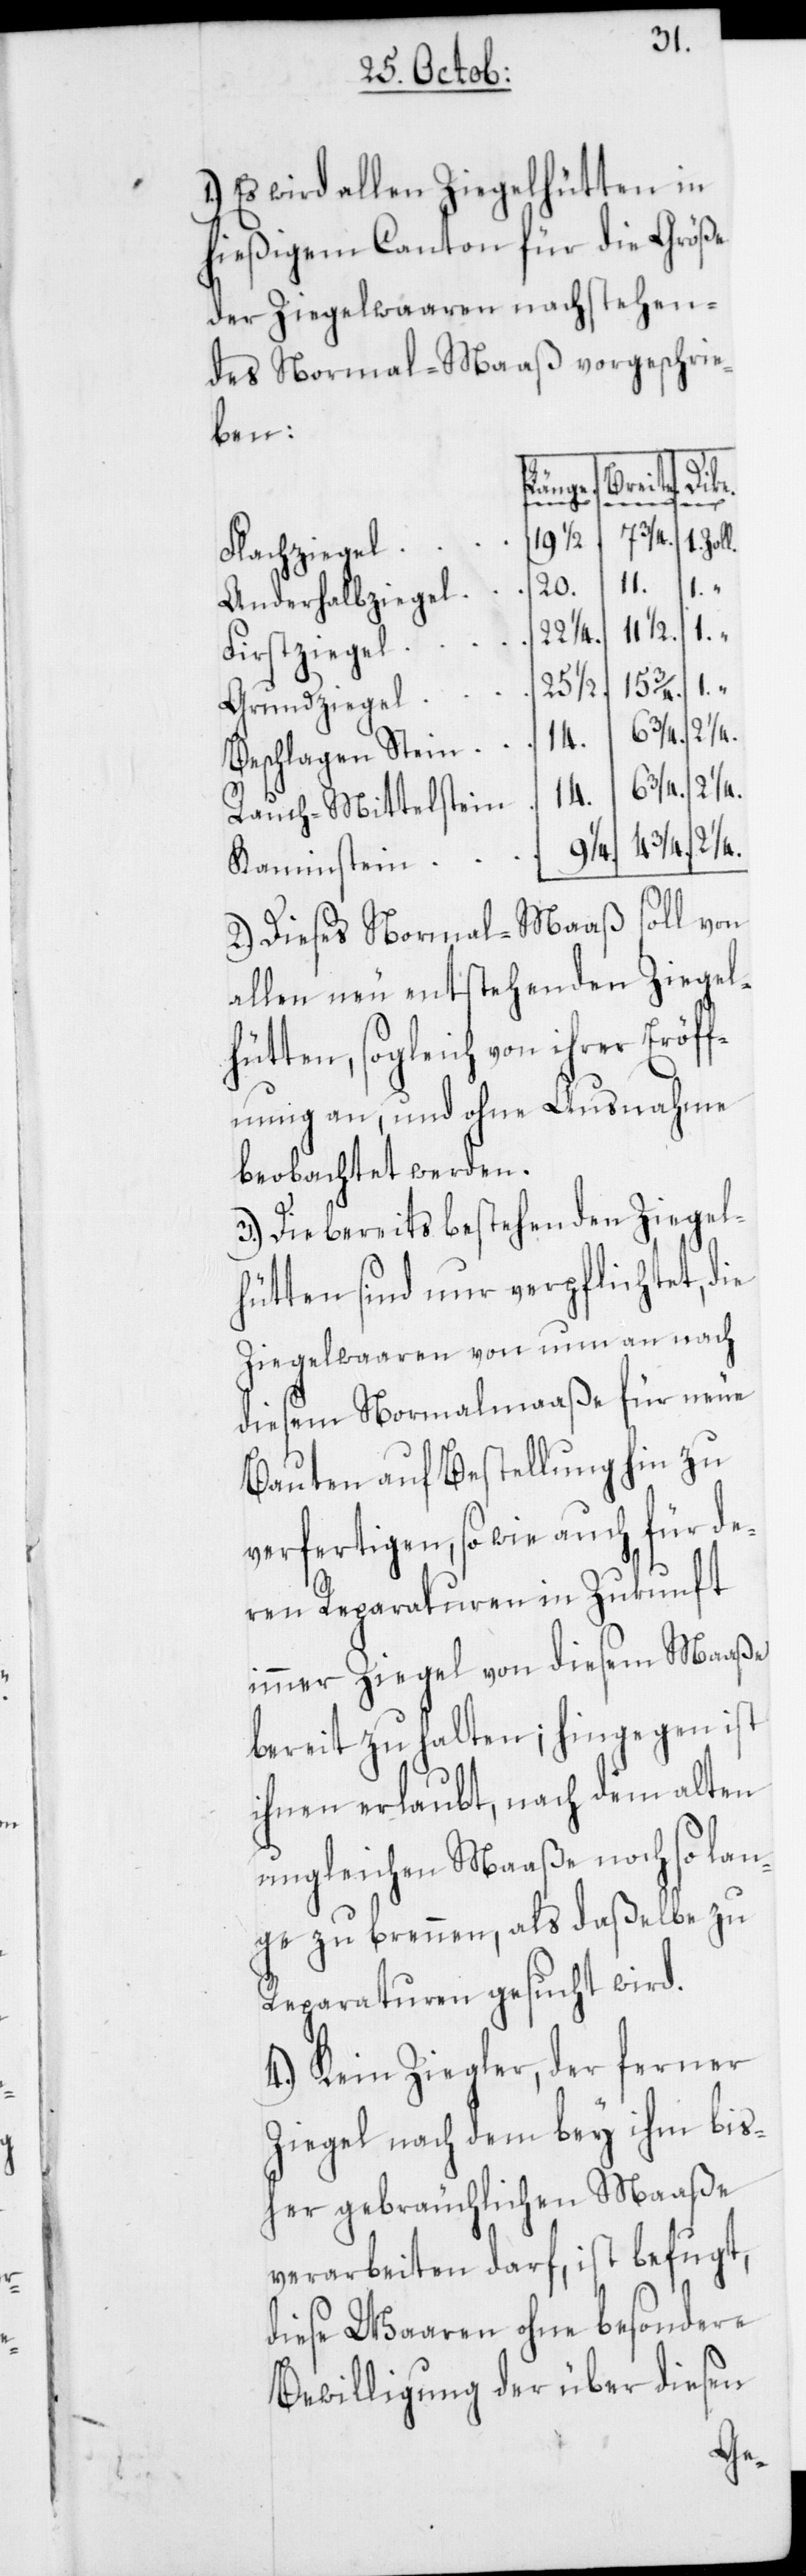
1.) Es wird allen Ziegelhütten in
hießigem Canton für die Größe
der Ziegelwaaren nachstehen¬
des Normal-Maaß vorgeschrie¬
ben:
Breite.
Dike.
Länge.
19 1/2
Zoll.
Flachziegel
1.
1.
20.
Anderhalbziegel
Firstzeigel
22
25 1/2.
Grundziegel
14.
Beschlagen Stein
6 3/4.
21/4.
Rauch-Mittelstein
1/4.
3/4.
Kaminstein
2.) Dieses Normal-Maaß soll von
allen neu entstehenden Ziegel¬
hütten, sogleich von ihrer Eröf¬
fnung an, und ohne Ausnahme,
beobachtet werden.
3.) Die bereits bestehenden Ziegel¬
hütten sind nur verpflichtet, die
Ziegelwaaren von nun an nach
diesem Normalmaaße für neue
Bauten auf Bestellung hin zu
verfertigen, so wie auch für de¬
ren Reparaturen in Zukunft
immer Ziegel von diesem Maaße
bereit zu halten; hingegen ist
ihnen erlaubt, nach dem alten
ungleichen Maaße noch so lan¬
ge zu brennen, als daßelbe zu
Reparaturen gesucht wird.
4.) Kein Ziegler, der ferner
Ziegel nach dem bey ihm bis¬
her gebräuchlichen Maaße
verarbeiten darf, ist befugt,
diese Waaren ohne besondere
Bewilligung der über diesen